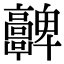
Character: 𩫮